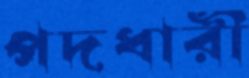
পদধারী